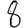
Digit: 8